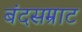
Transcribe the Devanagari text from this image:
बंदसम्राट